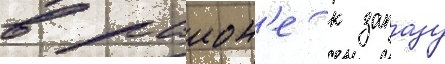
в раион'е к западу